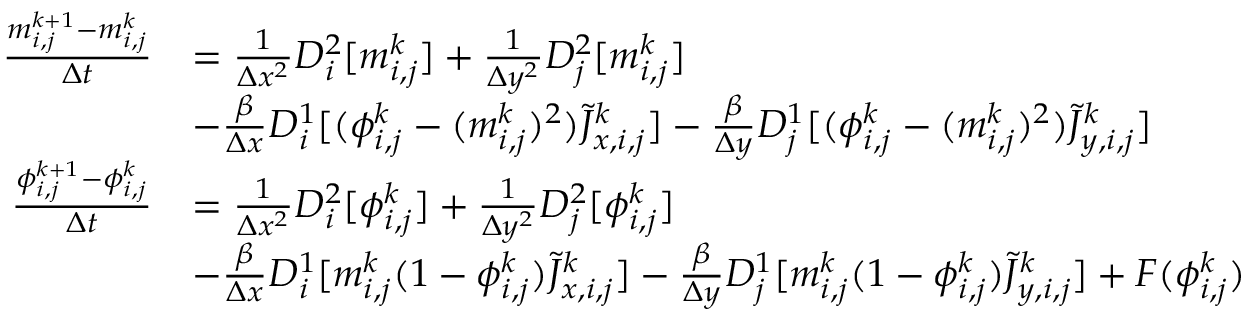
\begin{array} { r l } { \frac { m _ { i , j } ^ { k + 1 } - m _ { i , j } ^ { k } } { \Delta t } } & { = \frac { 1 } { \Delta x ^ { 2 } } D _ { i } ^ { 2 } [ m _ { i , j } ^ { k } ] + \frac { 1 } { \Delta y ^ { 2 } } D _ { j } ^ { 2 } [ m _ { i , j } ^ { k } ] } \\ & { - \frac { \beta } { \Delta x } D _ { i } ^ { 1 } [ ( \phi _ { i , j } ^ { k } - ( m _ { i , j } ^ { k } ) ^ { 2 } ) \Tilde { J } _ { x , i , j } ^ { k } ] - \frac { \beta } { \Delta y } D _ { j } ^ { 1 } [ ( \phi _ { i , j } ^ { k } - ( m _ { i , j } ^ { k } ) ^ { 2 } ) \Tilde { J } _ { y , i , j } ^ { k } ] } \\ { \frac { \phi _ { i , j } ^ { k + 1 } - \phi _ { i , j } ^ { k } } { \Delta t } } & { = \frac { 1 } { \Delta x ^ { 2 } } D _ { i } ^ { 2 } [ \phi _ { i , j } ^ { k } ] + \frac { 1 } { \Delta y ^ { 2 } } D _ { j } ^ { 2 } [ \phi _ { i , j } ^ { k } ] } \\ & { - \frac { \beta } { \Delta x } D _ { i } ^ { 1 } [ m _ { i , j } ^ { k } ( 1 - \phi _ { i , j } ^ { k } ) \Tilde { J } _ { x , i , j } ^ { k } ] - \frac { \beta } { \Delta y } D _ { j } ^ { 1 } [ m _ { i , j } ^ { k } ( 1 - \phi _ { i , j } ^ { k } ) \Tilde { J } _ { y , i , j } ^ { k } ] + F ( \phi _ { i , j } ^ { k } ) } \end{array}